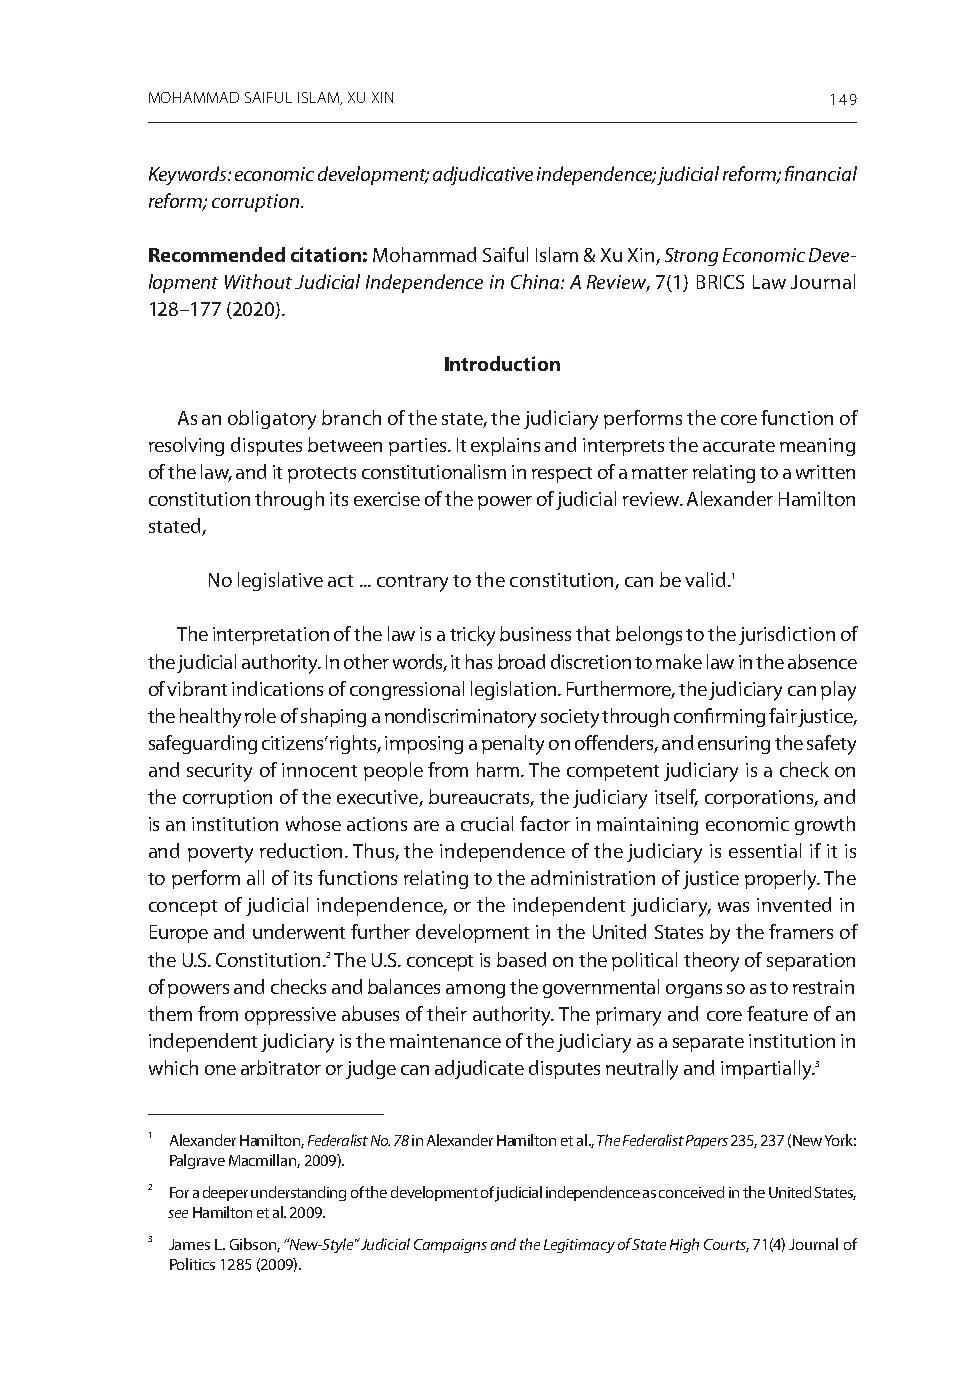
MOHAMMAD SAIFUL ISLAM, XU XIN                149
 Keywords: economic development; adjudicative independence; judicial reform; financial
 reform; corruption.
 Recommended citation: mohammad saiful islam & Xu Xin, Strong Economic Deve-
 lopment Without Judicial Independence in China: A Review, 7(1) BriCs law Journal
 128–177 (2020).
 Introduction
 as an obligatory branch of the state, the judiciary performs the core function of
 resolving disputes between parties. it explains and interprets the accurate meaning
 of the law, and it protects constitutionalism in respect of a matter relating to a written
 constitution through its exercise of the power of judicial review. alexander hamilton
 stated,
 no legislative act ... contrary to the constitution, can be valid.1
 The interpretation of the law is a tricky business that belongs to the jurisdiction of
 the judicial authority. in other words, it has broad discretion to make law in the absence
 of vibrant indications of congressional legislation. Furthermore, the judiciary can play
 the healthy role of shaping a nondiscriminatory society through confirming fair justice,
 safeguarding citizens’ rights, imposing a penalty on offenders, and ensuring the safety
 and security of innocent people from harm. The competent judiciary is a check on
 the corruption of the executive, bureaucrats, the judiciary itself, corporations, and
 is an institution whose actions are a crucial factor in maintaining economic growth
 and poverty reduction. Thus, the independence of the judiciary is essential if it is
 to perform all of its functions relating to the administration of justice properly. The
 concept of judicial independence, or the independent judiciary, was invented in
 europe and underwent further development in the united states by the framers of
 the u.s. Constitution.2 The u.s. concept is based on the political theory of separation
 of powers and checks and balances among the governmental organs so as to restrain
 them from oppressive abuses of their authority. The primary and core feature of an
 independent judiciary is the maintenance of the judiciary as a separate institution in
 which one arbitrator or judge can adjudicate disputes neutrally and impartially.3
 1 alexander hamilton, Federalist No. 78 in alexander hamilton et al., The Federalist Papers 235, 237 (new York:
 Palgrave macmillan, 2009).
 2 For a deeper understanding of the development of judicial independence as conceived in the united states,
 see hamilton et al. 2009.
 3 James l. gibson, “New-Style” Judicial Campaigns and the Legitimacy of State High Courts, 71(4) Journal of
 Politics 1285 (2009).